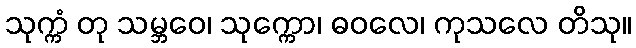
သုက္ကံ တု သမ္ဘဝေ၊ သုက္ကော၊ ဓဝလေ၊ ကုသလေ တိသု။